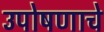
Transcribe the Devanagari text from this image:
उपोषणाचे